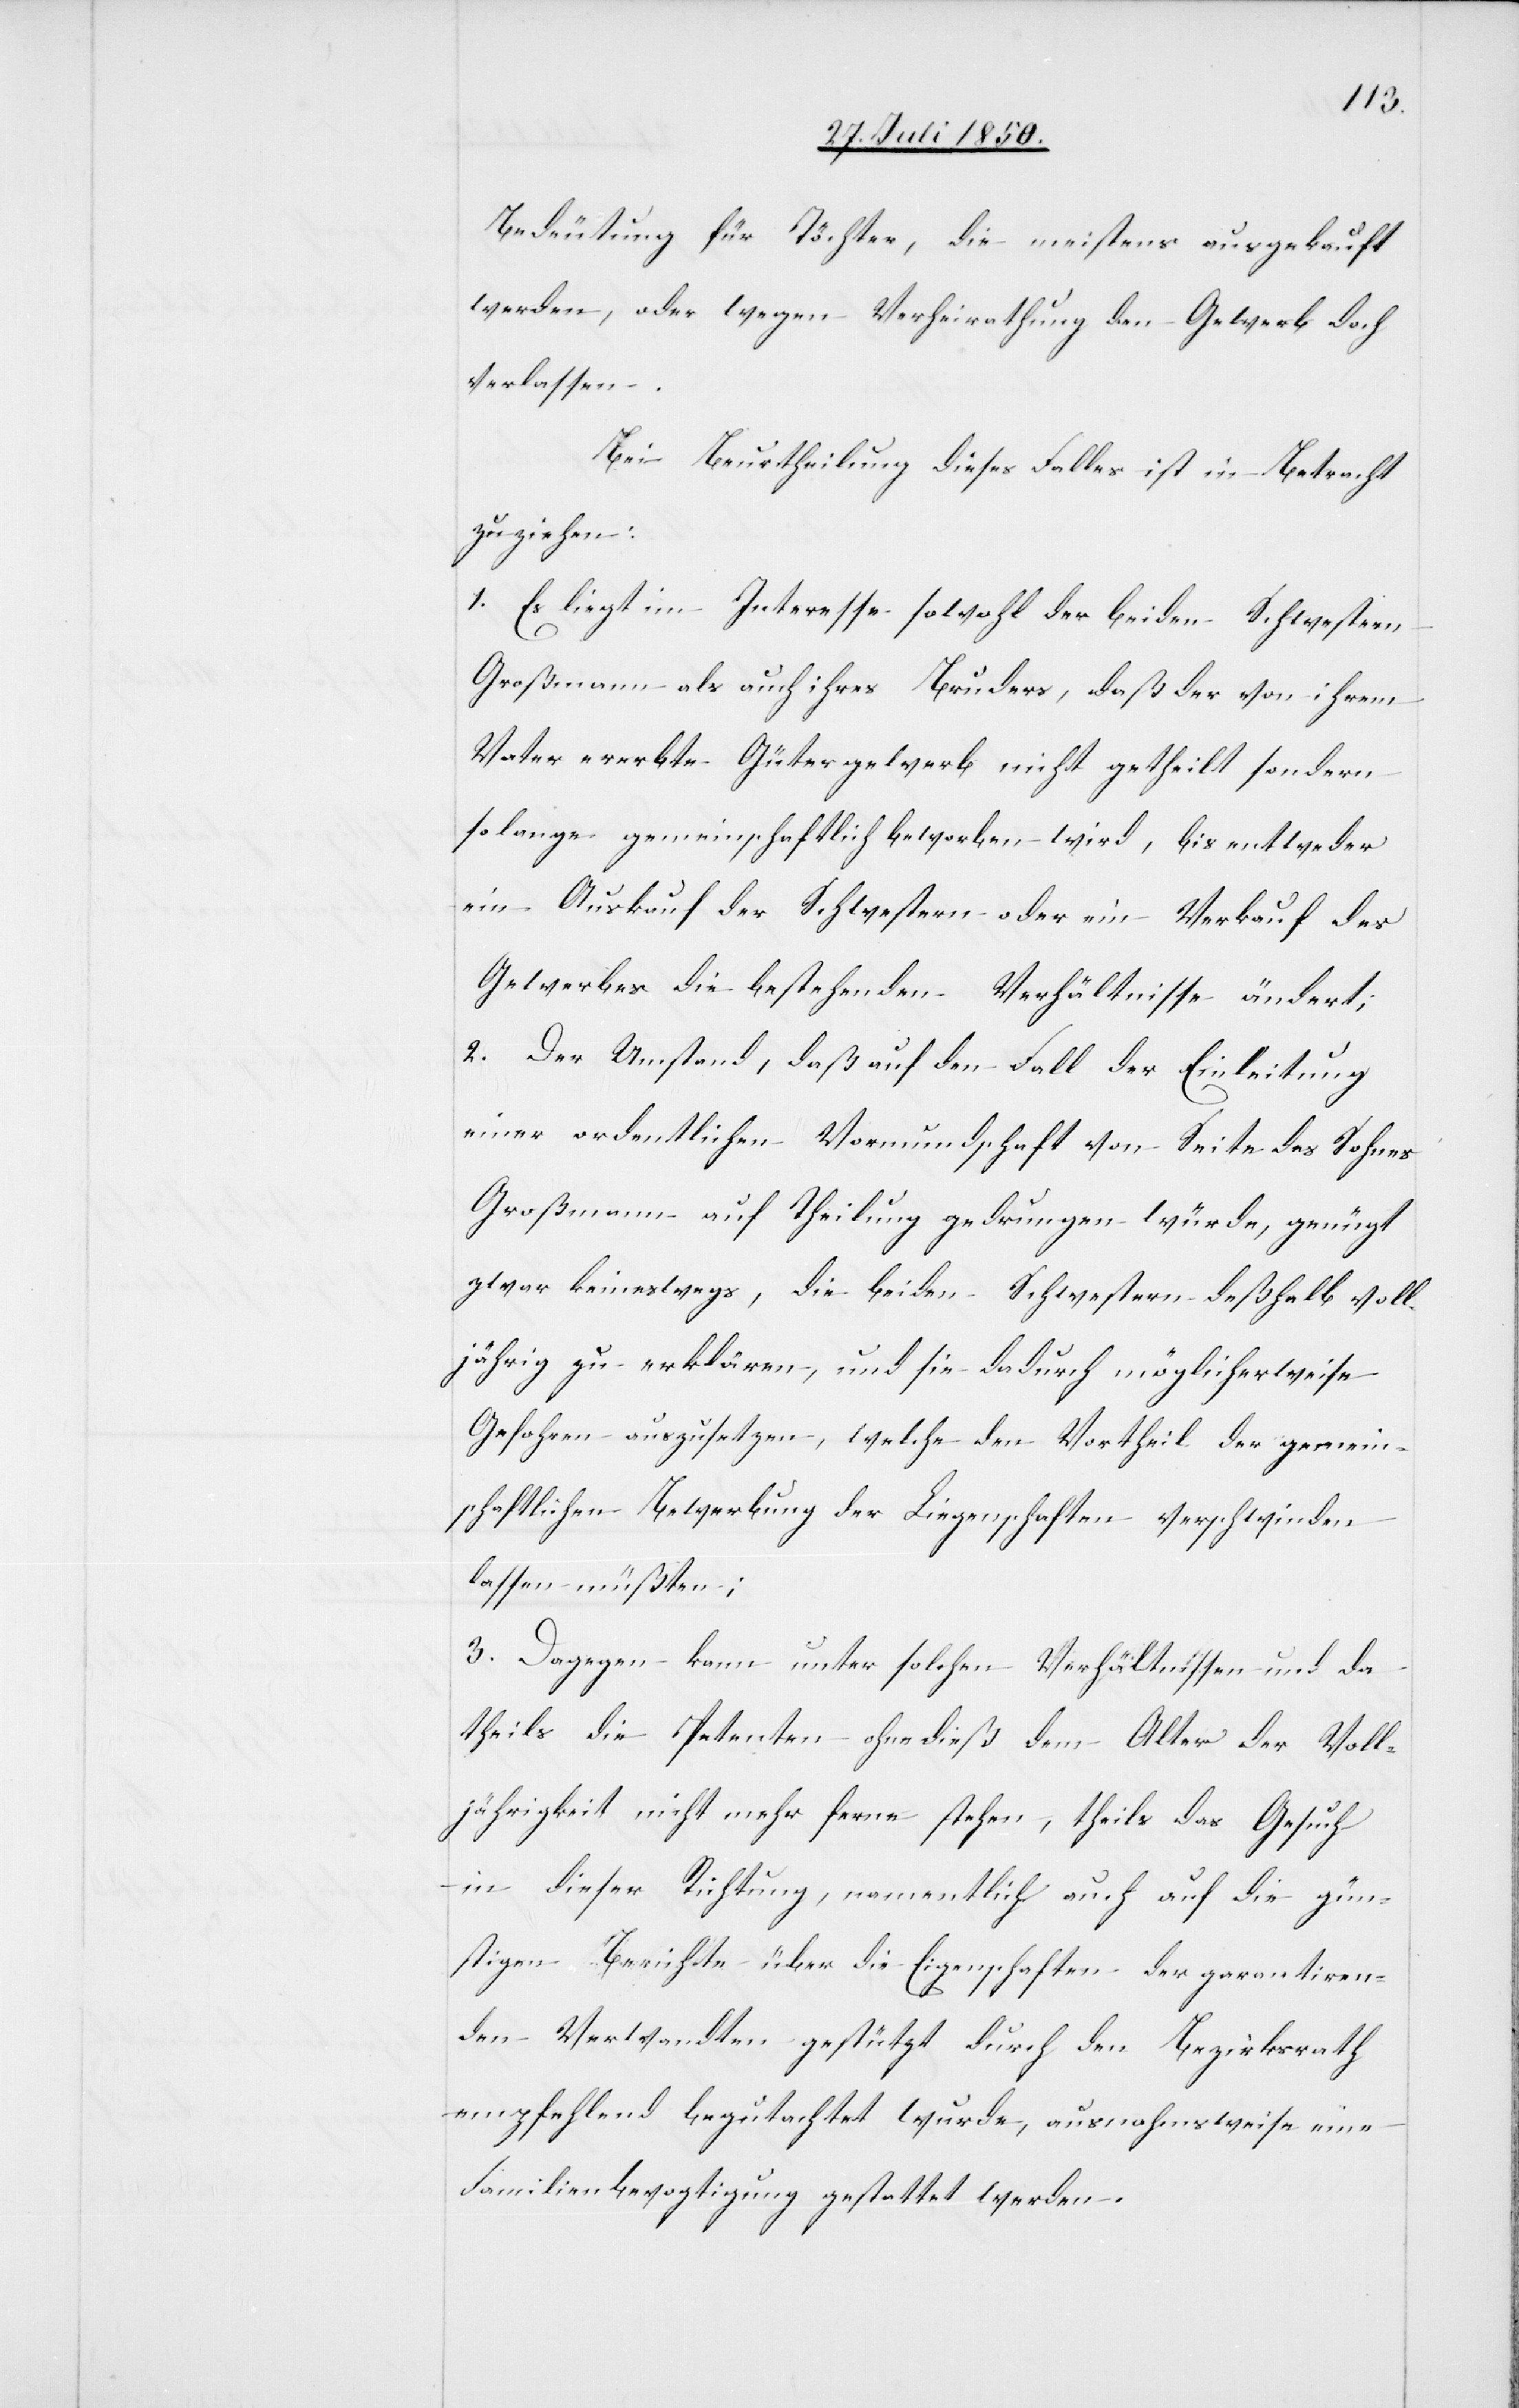
Bedeutung für Töchter, die meistens ausgekauft
werden, oder wegen Verheirathung den Gewerb doch
verlassen.
Bei Beurtheilung dieses Falles ist in Betracht
zu ziehen:
1. Es liegt im Interesse sowohl der beiden Schwestern
Großmann als auch ihres Bruders, daß der von ihrem
Vater ererbte Gütergewerb nicht getheilt sondern
so lange gemeinschaftlich beworben wird, bis entweder
ein Auskauf der Schwestern oder ein Verkauf des
Gewerbes die bestehenden Verhältnisse ändert;
2. Der Umstand, daß auf den Fall der Einleitung
einer ordentlichen Vormundschaft von Seite des Sohnes
Großmann auf Theilung gedrungen würde, genügt
zwar keineswegs, die beiden Schwestern deßhalb voll¬
jährig zu erklären, und sie dadurch möglicherweise
Gefahren auszusetzen, welche den Vortheil der gemein¬
schaftlichen Bewerbung der Liegenschaften verschwinden
lassen müßte;
3. Dagegen kann unter solchen Verhältnissen und da
theils die Petenten ohne dieß dem Alter der Voll¬
jährigkeit nicht mehr ferne stehen, theils das Gesuch
in dieser Richtung, namentlich auch auf die gün¬
stigen Berichte über die Eigenschaften der garantiren¬
den Verwandten gestützt durch den Bezirksrath
empfehlend betrachtet wurde, ausnahmsweise eine
Familienbevogtigung gestattet werden.